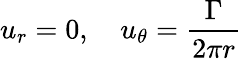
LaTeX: u_{r}=0,\quad u_{\theta}={\frac{\Gamma}{2\pi r}}